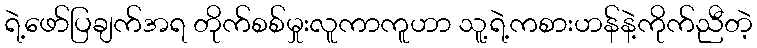
ရဲ့ဖော်ပြချက်အရ တိုက်စစ်မှုးလူကာကူဟာ သူ့ရဲ့ကစားဟန်နဲ့ကိုက်ညီတဲ့